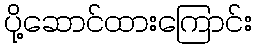
ပို့ဆောင်ထားကြောင်း